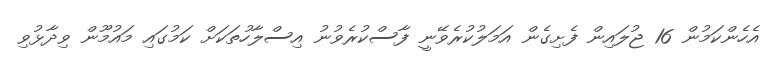
އެހެންކަމުން 16 ޖުލައިން ފެށިގެން އަމަލުކުރެވޭނީ ފާސްކުރެވުނު އިސްލާހުތަކަށް ކަމުގައި މައުމޫން ވިދާޅުވި